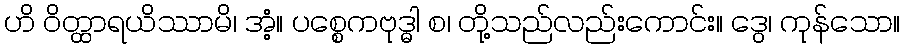
ဟိ ဝိတ္ထာရယိဿာမိ၊ အံ့။ ပစ္စေကဗုဒ္ဓါ စ၊ တို့သည်လည်းကောင်း။ ဒွေ၊ ကုန်သော။